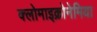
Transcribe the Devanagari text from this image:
क्लोमाइक्रोनेमिया